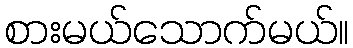
စားမယ်သောက်မယ်။